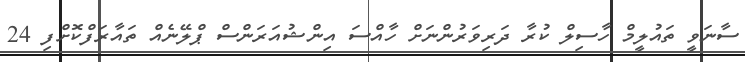
ސާނަވީ ތައުލީމް ހާސިލް ކުރާ ދަރިވަރުންނަށް ހާއްސަ އިންޝުއަރަންސް ޕްލޭނެއް ތައާރަފްކޮށްފި 24